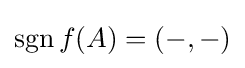
\operatorname {sgn} f(A)=(-,-)